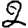
Digit: 2